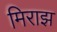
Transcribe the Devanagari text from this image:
मिराझ